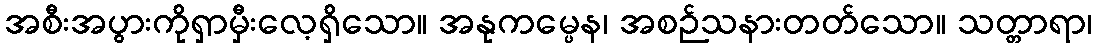
အစီးအပွားကိုရှာမှီးလေ့ရှိသော။ အနုကမ္ပေန၊ အစဉ်သနားတတ်သော။ သတ္တာရာ၊